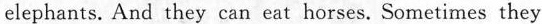
elephants. And they can eat horses.Sometimes they